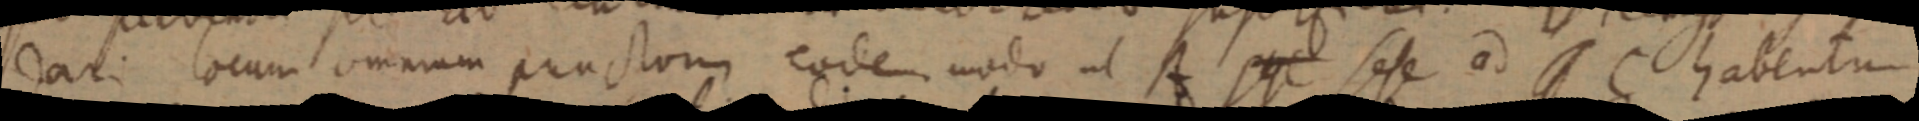
dari locum omnium punctorum eodem modo ut A _ sese ad C habentum